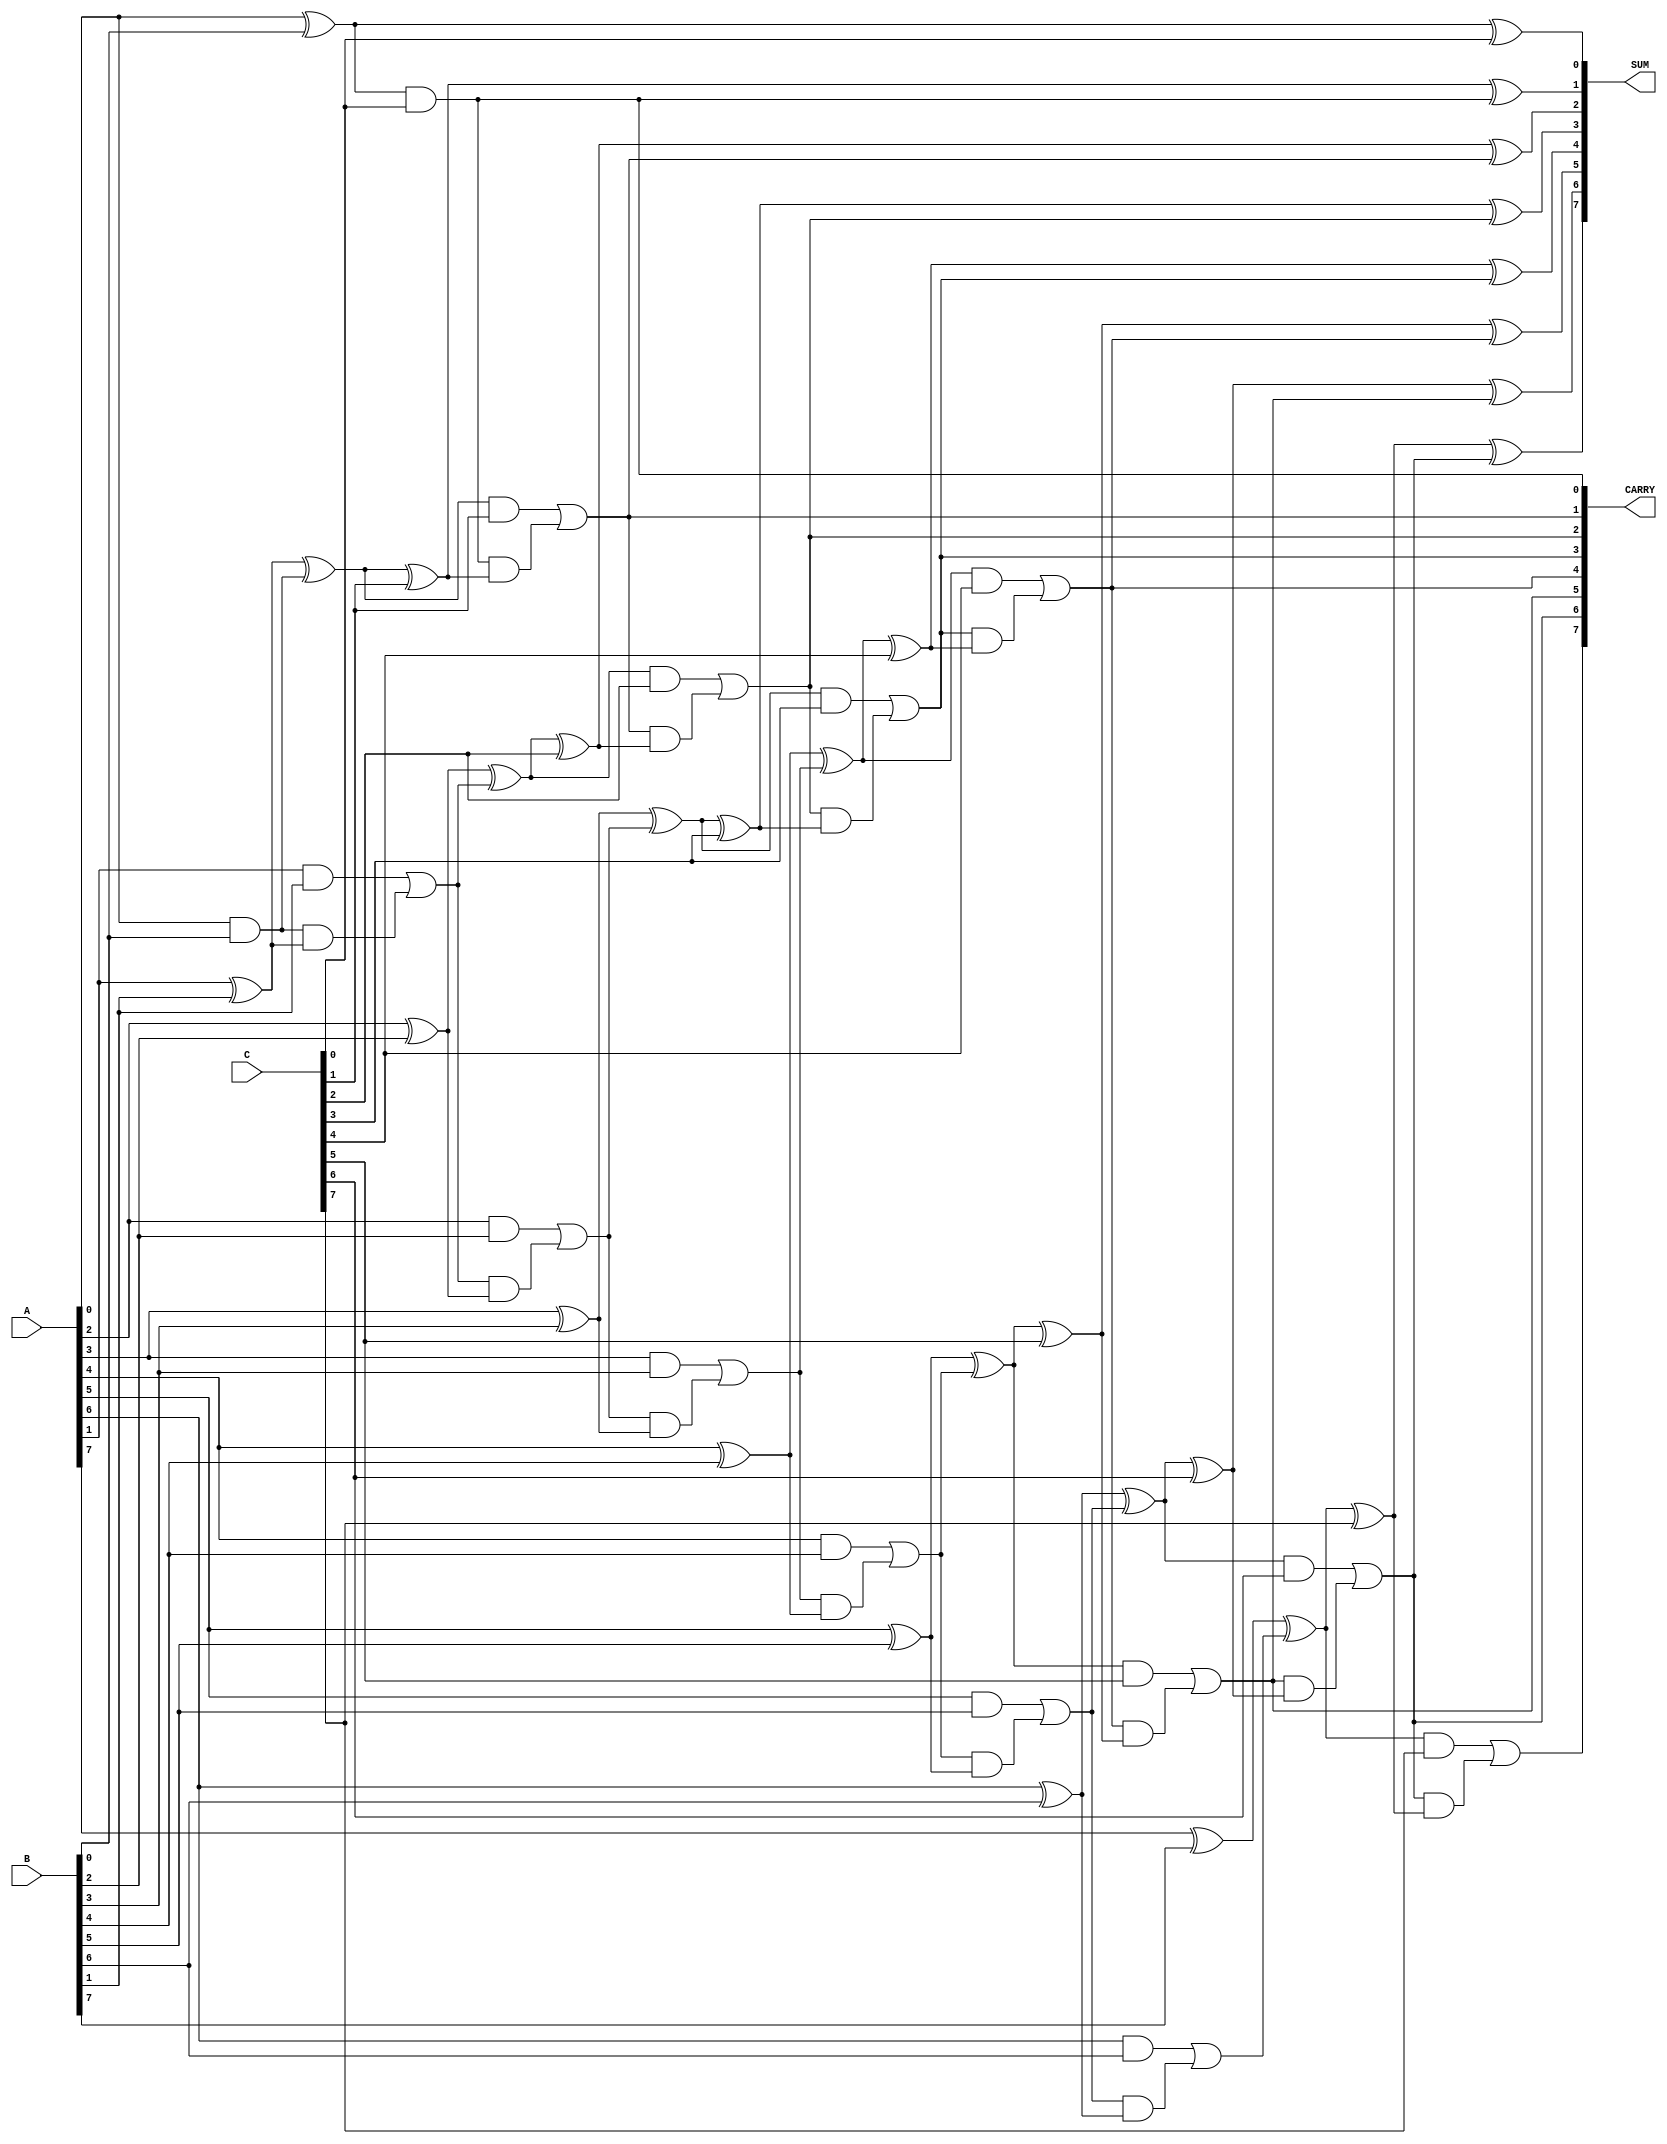
module Modified_Carry_Save_Adder #(parameter WIDTH = 8) (
    input  wire [WIDTH-1:0] A, // First operand
    input  wire [WIDTH-1:0] B, // Second operand
    input  wire [WIDTH-1:0] C, // Third operand
    output wire [WIDTH-1:0] SUM, // Sum output
    output wire [WIDTH:0] CARRY // Carry output (WIDTH+1 bits to handle overflow)
);

    // Internal wires for full adder outputs
    wire [WIDTH-1:0] sum1, sum2;
    wire [WIDTH:0] carry1, carry2;

    // Stage 1: Add A and B
    genvar i;
    generate
        for (i = 0; i < WIDTH; i = i + 1) begin : full_adder_stage1
            if (i == 0) begin
                // First full adder, no carry-in
                assign sum1[i] = A[i] ^ B[i];
                assign carry1[i] = A[i] & B[i];
            end else begin
                // Subsequent full adders
                assign sum1[i] = A[i] ^ B[i] ^ carry1[i-1];
                assign carry1[i] = (A[i] & B[i]) | (carry1[i-1] & (A[i] ^ B[i]));
            end
        end
    endgenerate

    // Stage 2: Add sum1 and C
    generate
        for (i = 0; i < WIDTH; i = i + 1) begin : full_adder_stage2
            if (i == 0) begin
                // First full adder, no carry-in
                assign sum2[i] = sum1[i] ^ C[i];
                assign carry2[i] = sum1[i] & C[i];
            end else begin
                // Subsequent full adders
                assign sum2[i] = sum1[i] ^ C[i] ^ carry2[i-1];
                assign carry2[i] = (sum1[i] & C[i]) | (carry2[i-1] & (sum1[i] ^ C[i]));
            end
        end
    endgenerate

    // Final outputs
    assign SUM = sum2;
    assign CARRY = {carry2[WIDTH-1], carry2}; // Final carry output

endmodule